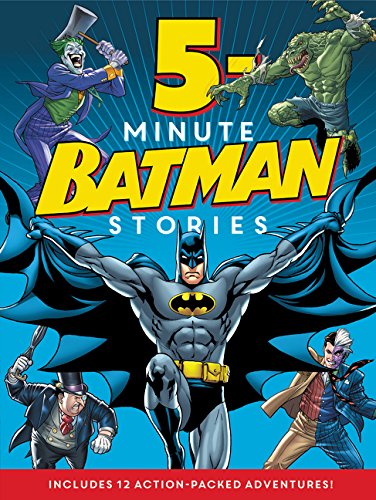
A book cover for Batman Classic: 5-Minute Batman Stories; Various; Children's Books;